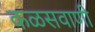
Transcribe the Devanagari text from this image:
कळसवाणी